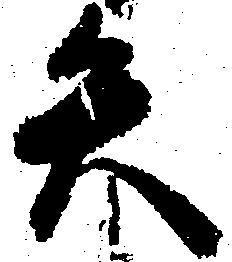
失